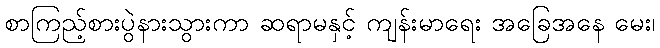
စာကြည့်စားပွဲနားသွားကာ ဆရာမနှင့် ကျန်းမာရေး အခြေအနေ မေး၊